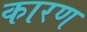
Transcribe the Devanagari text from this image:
कारण